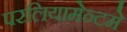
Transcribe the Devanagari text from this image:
परलियामेन्टमे